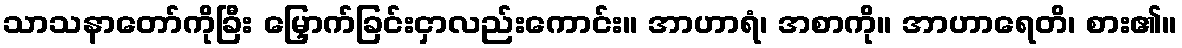
သာသနာတော်ကိုခြီး မြှောက်ခြင်းငှာလည်းကောင်း။ အာဟာရံ၊ အစာကို။ အာဟာရေတိ၊ စား၏။